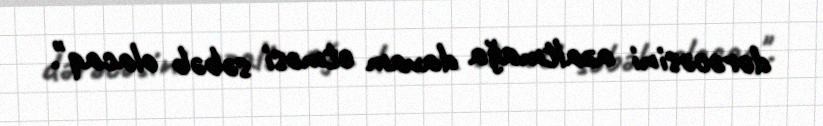
dərəcəsini azaltmağa davam etməsi səbəb olacaq".